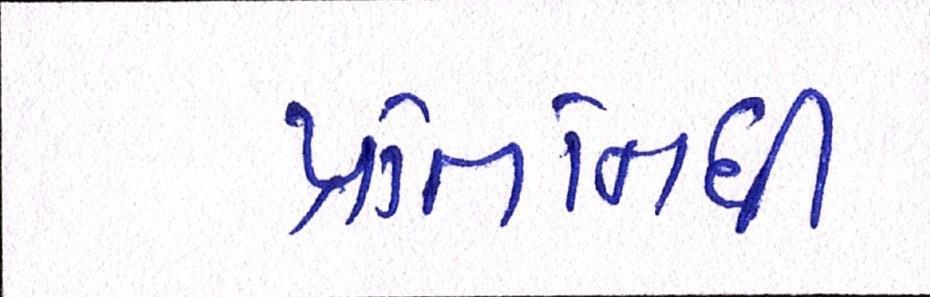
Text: પ્રતિનિધી